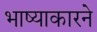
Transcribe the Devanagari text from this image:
भाष्याकारने